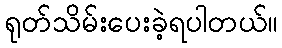
ရုတ်သိမ်းပေးခဲ့ရပါတယ်။